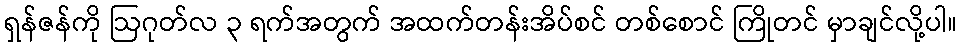
ရှန်ဇန်ကို ဩဂုတ်လ ၃ ရက်အတွက် အထက်တန်းအိပ်စင် တစ်စောင် ကြိုတင် မှာချင်လို့ပါ။